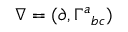
\nabla = ( \partial , \Gamma ^ { a } { } _ { b c } )